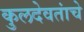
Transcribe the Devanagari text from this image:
कुलदेवतांचे